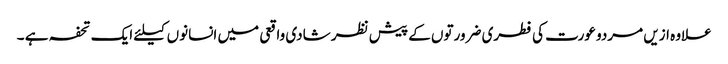
علاوہ ازیں مردو عورت کی فطری ضرورتوں کے پیش نظر شادی واقعی میں انسانوں کیلئے ایک تحفہ ہے ۔